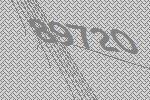
89720